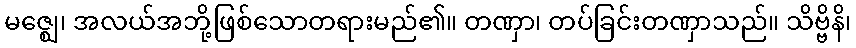
မဇ္ဈေ၊ အလယ်အဘို့ဖြစ်သောတရားမည်၏။ တဏှာ၊ တပ်ခြင်းတဏှာသည်။ သိဗ္ဗိနိ၊